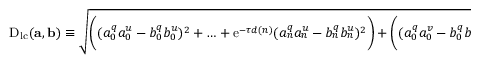
\begin{array} { r } { \mathrm { D } _ { \mathrm { l c } } ( \mathbf { a } , \mathbf { b } ) \equiv \sqrt { \biggl ( ( a _ { 0 } ^ { q } a _ { 0 } ^ { u } - b _ { 0 } ^ { q } b _ { 0 } ^ { u } ) ^ { 2 } + \ldots + \mathrm { e } ^ { - \tau d ( n ) } ( a _ { n } ^ { q } a _ { n } ^ { u } - b _ { n } ^ { q } b _ { n } ^ { u } ) ^ { 2 } \biggr ) + \biggl ( ( a _ { 0 } ^ { q } a _ { 0 } ^ { v } - b _ { 0 } ^ { q } b _ { 0 } ^ { v } ) ^ { 2 } + \ldots + \mathrm { e } ^ { - \tau d ( n ) } ( a _ { n } ^ { q } a _ { n } ^ { v } - b _ { n } ^ { q } b _ { n } ^ { v } ) ^ { 2 } \biggr ) } ~ . } \end{array}